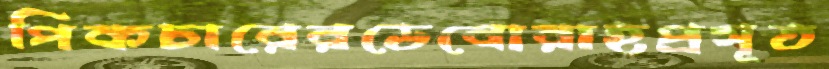
পিকচারেরডেবোরাহপ্রসূত